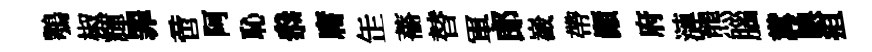
鶚椒輝罪啻阿恥叅庸𦈢薔替軍郎嶻帶顚府漣熊腦糞腆疽